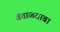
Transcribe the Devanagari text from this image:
वेताळबाबा